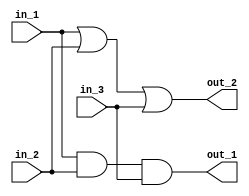
module simple_in_n_out
				(
					//  Inputs
					in_1,
					in_2,
					in_3,
					//  Outputs
					out_1,
					out_2
				);
	
	// Port definitions
	input	in_1;
	input	in_2;
	input	in_3;
	
	output 	out_1;
	output	out_2;
	
	// ------------- Design implementation --------
	
	assign out_1 = in_1 & in_2 & in_3;
	assign out_2 = in_1 | in_2 | in_3;
	
 
 endmodule